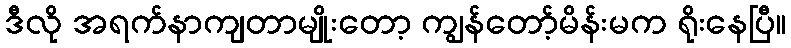
ဒီလို အရက်နာကျတာမျိုးတော့ ကျွန်တော့်မိန်းမက ရိုးနေပြီ။